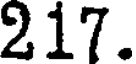
217.